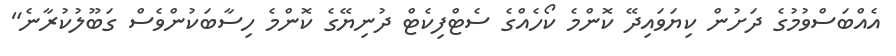
އެއްބަސްވުމުގެ ދަށުން ކިޔަވައިދޭ ކޮންމެ ކޯހެއްގެ ސެޓްފިކެޓް ދުނިޔޭގެ ކޮންމެ ހިސާބަކުންވެސް ގަބޫލުކުރާނެ"